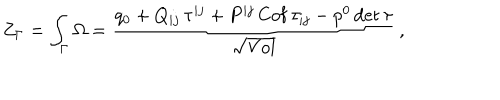
Z _ { \Gamma } = \int _ { \Gamma } \Omega = { \frac { q _ { 0 } + Q _ { i j } \, \tau ^ { i j } + P ^ { i j } \, \mathrm { C o f } \, \tau _ { i j } - p ^ { 0 } \, \mathrm { d e t } \, \tau } { \sqrt \mathrm { V o l } } } \, ,